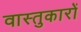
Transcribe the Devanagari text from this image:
वास्‍तुकारों